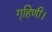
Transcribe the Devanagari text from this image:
गृहिणी।